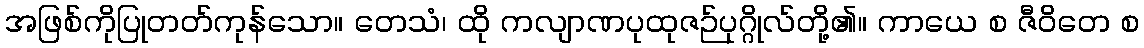
အဖြစ်ကိုပြုတတ်ကုန်သော။ တေသံ၊ ထို ကလျာဏပုထုဇဉ်ပုဂ္ဂိုလ်တို့၏။ ကာယေ စ ဇီဝိတေ စ